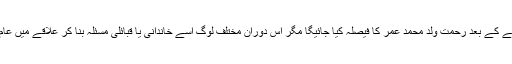
کچھ نام اور اہداف حاصل کرنے کے بعد رحمت ولد محمد عمر کا فیصلہ کیا جائیگا مگر اس دوران مختلف لوگ اسے خاندانی یا قبائلی مسئلہ بنا کر علاقے میں عام لوگوں کو تنگ کر رہے ہیں۔